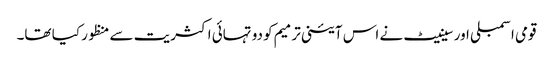
قومی اسمبلی اور سینیٹ نے اس آئینی ترمیم کو دو تہائی اکثریت سے منظور کیا تھا۔